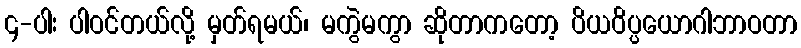
၄-ပါး ပါဝင်တယ်လို့ မှတ်ရမယ်၊ မကွဲမကွာ ဆိုတာကတော့ ပိယဝိပ္ပယောဂါဘာဝတာ